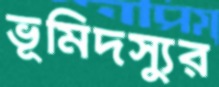
ভূমিদস্যুর